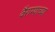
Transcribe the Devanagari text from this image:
वैराग्याच्या